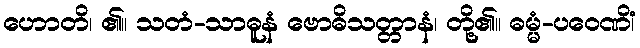
ဟောတိ၊ ၏။ သတံ-သာဓူနံ ဗောဓိသတ္တာနံ၊ တို့၏။ ဓမ္မံ-ပဝေဏိံ၊